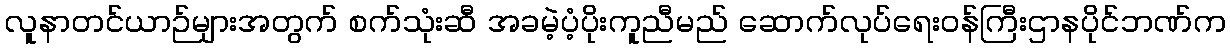
လူနာတင်ယာဉ်များအတွက် စက်သုံးဆီ အခမဲ့ပံ့ပိုးကူညီမည် ဆောက်လုပ်ရေးဝန်ကြီးဌာနပိုင်ဘဏ်က